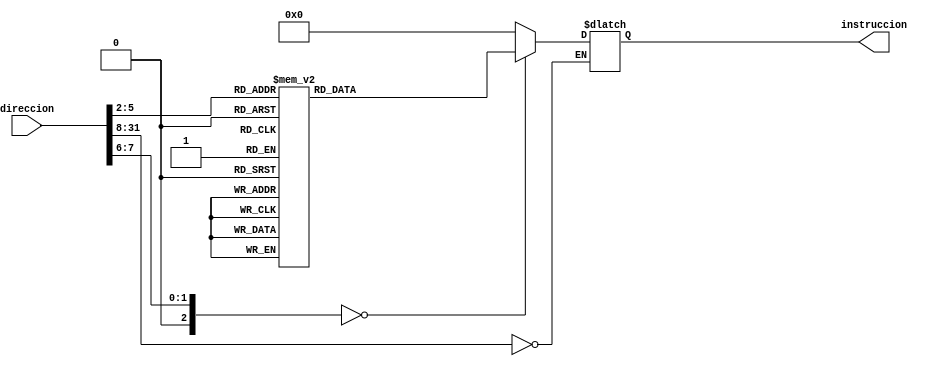
`timescale 1ns / 1ps
//////////////////////////////////////////////////////////////////////////////////
// Company: 
// Engineer: 
// 
// Design Name: 
// Module Name: mem_ToD
// Project Name: 
// Target Devices: 
// Tool Versions: 
// Description: 
// 
// Dependencies: 
// 
// Revision:
// Revision 0.01 - File Created
// Additional Comments:
// 
//////////////////////////////////////////////////////////////////////////////////


module mem_In(direccion, instruccion);
  input  [31:0] direccion;
  output reg [31:0] instruccion;
  

  parameter pos_inicial = 25'd0; // direccion inicial en memoria

  reg [31:0] TM [0:31];
  wire [6:0] dir_Memoria;// bit para direccionar posicion de memoria
  wire direccion_escogida;//puntero q se va ir actualizando 

  assign dir_Memoria = direccion[7:2];  // asigno los 6 bits que direccionaran cada posicion
  // como necesito correr 15 instrucciones, entonces escojo 6 bits
  // 2^6= 64 
  // cada instruccion va en paquete de 4 bits en la memoria
  // entonces en 64 alcanza 16 instrucciones
  //
 
 // address decoding
  assign direccion_escogida = (direccion[31:8] == pos_inicial);  // los bits restantes son asignados tanto en pos inicial como la escogida
// cada ves se ira actualizando

always @(direccion_escogida or dir_Memoria)
  begin
    if ((direccion % 4) != 0) 
     $display($time, " Mem error: linea erronea de memoria %d", direccion);// error no deseado, cuando la direccion no es multiplo de 4
    if (direccion_escogida == 1)
    begin
case (dir_Memoria) // comienzo a buscar en memoria

// concatenacion de instrucciones
//tipo R
 //   ___________________________________________________________
//    |opcode  |  rs     |   rt    |  rd    | shanmt   | func   |
///
//ej   { 6'd0, 5'd0, 5'd0,5'd0,5'd0,6'd0 }
// tipo I
//   ________________________________________________
//   |opcode  |  rs     |   rt    |       inmediate |

//ej  6'd8, 5'd4, 5'd11,16'd45 };
//tipo J
//   ________________________________________________
//   |opcode  | address                              |
//
//
 

   6'd0 : instruccion = { 6'd0, 5'd0, 5'd0,5'd0,5'd0,6'd0 };//pos1: 0 NOP
   
   6'd1 : instruccion = { 6'd8, 5'd0, 5'd16,16'd1000};//addi $s0,$zero,Inmediato
      
   6'd2 : instruccion = { 6'd8, 5'd0, 5'd8,16'd1};//addi $t0,$zero,Inmediato
   
   6'd3 : instruccion = { 6'd8, 5'd0, 5'd9,16'd1};//addi $t1,$zero,Inmediato
   
   6'd4 : instruccion = { 6'd8, 5'd0, 5'd3,16'd145};//addi $s0,$zero,Inmediato
   
   6'd5 : instruccion = { 6'd0, 5'd0, 5'd0,5'd0,5'd0,6'd0 };//pos1: 0 NOP
      
   6'd6 : instruccion = { 6'd0,5'd8, 5'd9,5'd8,5'd0,6'd32 };//add $a3,$t0,$t1
   
   //6'd6 : instruccion = { 6'd0,5'd8, 5'd7,5'd7,5'd0,6'd32 };//and $a2,$t0,$t1
   
   //6'd6 : instruccion = { 6'd0,5'd8, 5'd9,5'd5,5'd0,6'd39 };//nor $a1,$t0,$t1
   
   //6'd7 : instruccion = { 6'd0,5'd8, 5'd9,5'd4,5'd0,6'd37 };//or $a0,$t0,$t1
   
   6'd7 : instruccion = { 6'd0,5'd16, 5'd9,5'd16,5'd0,6'd34 };//sub $a0,$t0,$t1
   
   6'd8 : instruccion = { 6'd0,5'd3, 5'd16,5'd3,5'd0,6'd32 };//and $a2,$t0,$t1
   //6'd7 : instruccion = { 6'd0,5'd0, 5'd9,5'd16,5'd0,6'd02 };
   
   
   
   
   
   //6'd8 : instruccion = { 6'd0,5'd16, 5'd9,5'd16,5'd0,6'd34 };
   
   6'd9 : instruccion = { 6'd2,26'd4 };//sub $a0,$t0,$t1
     
   
   default instruccion = 32'h0;
   endcase
      $display($time, " leyendo instruccion: rom_de_instrucciones[%h]", direccion, instruccion);
    end
  end 
endmodule